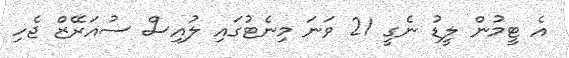
އެ ޓީމުން ލީޑު ނެގީ 21 ވަނަ މިނެޓުގައި ލުއިސް ސުއަރޭޒް ޖެހި